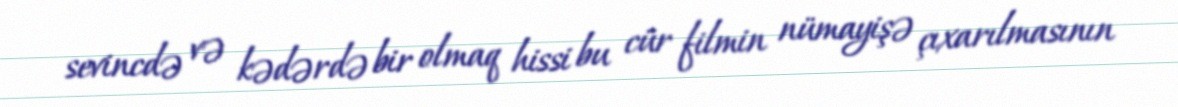
sevincdə və kədərdə bir olmaq hissi bu cür filmin nümayişə çıxarılmasının